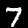
Label: 7